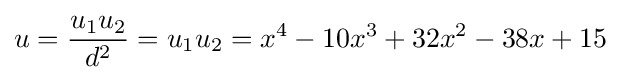
u={\frac {u_{1}u_{2}}{d^{2}}}=u_{1}u_{2}=x^{4}-10x^{3}+32x^{2}-38x+15